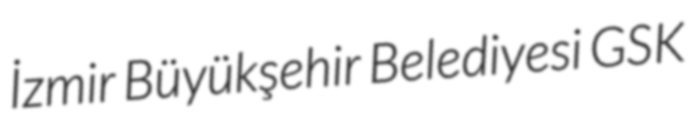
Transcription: İzmir Büyükşehir Belediyesi GSK